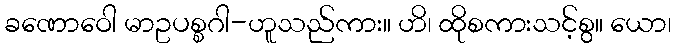
ခဏောဝေါ မာဥပစ္စဂါ-ဟူသည်ကား။ ဟိ၊ ထိုစကားသင့်စွ။ ယော၊